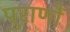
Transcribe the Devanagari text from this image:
पुराणौं